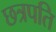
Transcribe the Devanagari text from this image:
छत्रपति